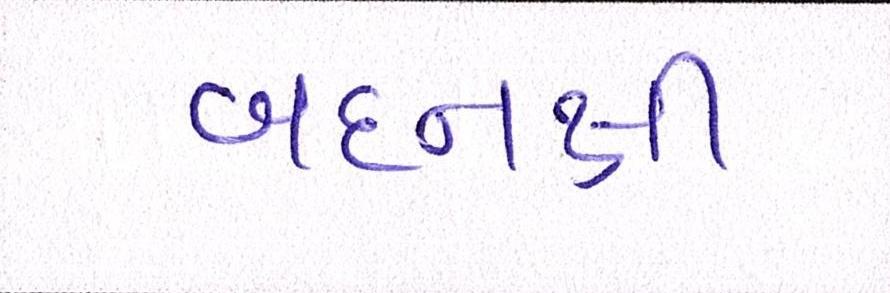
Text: બદનક્ષી